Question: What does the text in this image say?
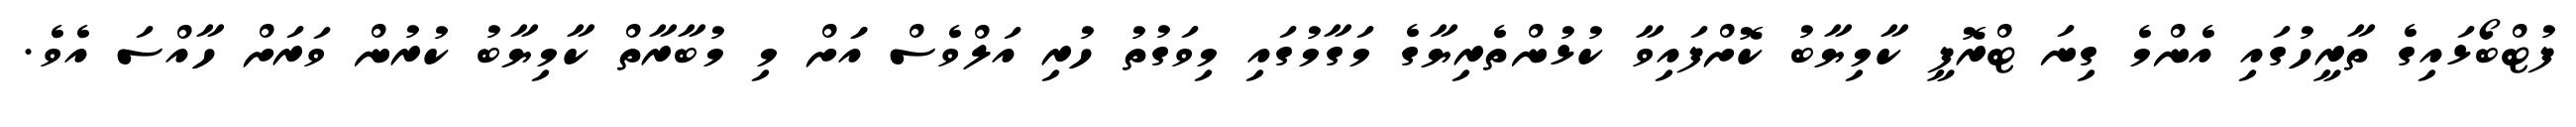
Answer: ފުޓްބޯޅައިގެ ތާރީހުގައި އެންމެ ގިނަ ޓްރޮފީ ކާމިޔާބު ކޮށްފައިވާ ކުޅުންތެރިޔާގެ މަގާމުގައި މިވަގުތު ހުރި އަލްވެސް އަަށް މި މުބާރާތް ކާމިޔާބު ކުރުން ވަރަށް ހާއްސަ އެވެ.